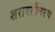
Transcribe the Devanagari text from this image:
शरावतीवरच